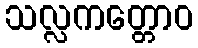
သလ္လကတ္တောဝ